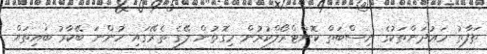
ތަފާތު މަޢުދަންތަކުގެ ނިސްބަތް ކޮންޓްރޯލްކުރުން މިގޮތުން ލޭގެ ތެރޭގައި ހުންނަ ބޭކާރު ބައިތައް